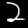
Digit: 2